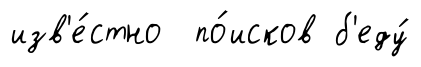
изв'е́стно по́исков б'еду́